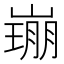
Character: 𡼜